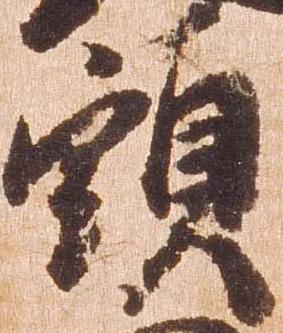
頭